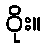
ဝိုး။